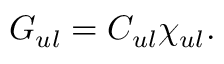
G _ { u l } = C _ { u l } \chi _ { u l } .